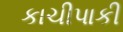
કાચીપાકી